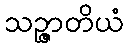
သဉ္ဇာတိယံ